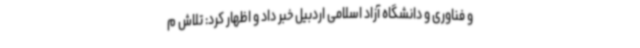
و فناوری و دانشگاه آزاد اسلامی اردبیل خبر داد و اظهار کرد: تلاش م